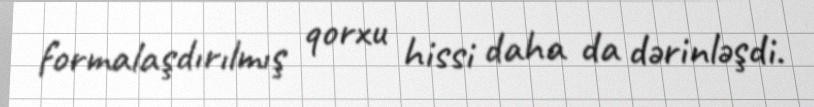
formalaşdırılmış qorxu hissi daha da dərinləşdi.